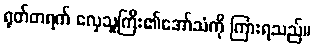
ရုတ်တရက် လှေသူကြီး၏အော်သံကို ကြားရသည်။